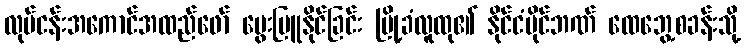
လုပ်ငန်းအကောင်အထည်ဖော် မွေးမြူနိုင်ခြင်း မြို့ခံလူထု၏ နိုင်ငံပိုင်ဘဏ် ထေဘွေ့စခန်းသို့